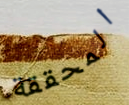
المحققة